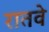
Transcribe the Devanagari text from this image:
रातवे